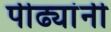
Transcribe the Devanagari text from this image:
पीढ्यांनी